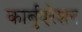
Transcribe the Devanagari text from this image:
कार्बुएरेशन